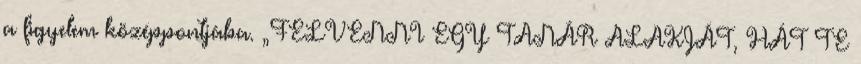
a figyelem középpontjába. „FELVENNI EGY TANÁR ALAKJÁT, HÁT TE